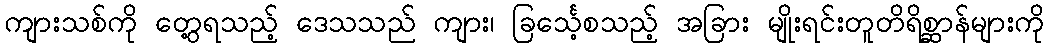
ကျားသစ်ကို တွေ့ရသည့် ဒေသသည် ကျား၊ ခြင်္သေ့စသည့် အခြား မျိုးရင်းတူတိရိစ္ဆာန်များကို